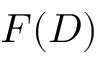
F ( D )